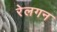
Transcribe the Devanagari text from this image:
रेलगन